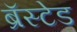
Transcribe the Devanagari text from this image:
ब्रॅस्टेड